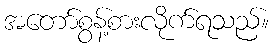
အတော်စွန့်စားလိုက်ရသည်။